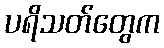
ပရိသတ်တွေက